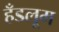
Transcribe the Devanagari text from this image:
हँडलूम